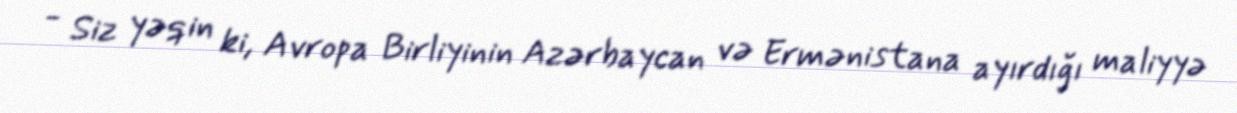
- Siz yəqin ki, Avropa Birliyinin Azərbaycan və Ermənistana ayırdığı maliyyə